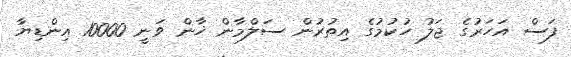
ފަސް އަހަރުގެ ޖަލު ހުކުމުގެ އިތުރުން ސަލްމާން ޚާން ވަނީ 10000 އިންޑިޔާ